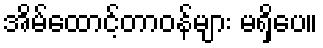
အိမ်ထောင့်တာဝန်များ မရှိပေ။